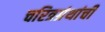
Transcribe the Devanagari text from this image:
चरित्रग्रंथांची